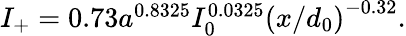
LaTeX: \begin{array}{r}{I_{+}=0.73a^{0.8325}I_{0}^{0.0325}\left({x}/d_{0}\right)^{-0.32}.}\end{array}